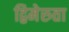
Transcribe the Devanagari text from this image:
द्विमेरुता